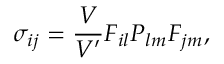
\sigma _ { i j } = \frac { V } { V ^ { \prime } } F _ { i l } P _ { l m } F _ { j m } ,